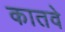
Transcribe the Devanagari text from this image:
कातवे